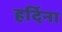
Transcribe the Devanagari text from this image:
हर्दिना